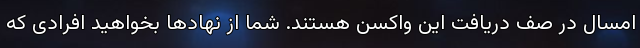
امسال در صف دریافت این واکسن هستند. شما از نهادها بخواهید افرادی که